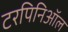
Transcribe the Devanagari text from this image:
टरपिनिऑल